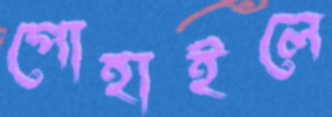
পোহাইলে